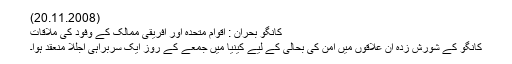
(20.11.2008)
کانگو بحران : اقوام متحدہ اور افریقی ممالک کے وفود کی ملاقات
کانگو کے شورش زدہ ان علاقوں میں امن کی ب‍حالی کے لیے کینیا میں جمعے کے روز ایک سربراہی اجلاس منعقد ہوا۔